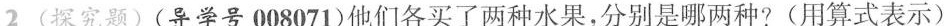
2(探究题)(导学号008071)他们各买了两种水果，分别是哪两种?(用算式表示)